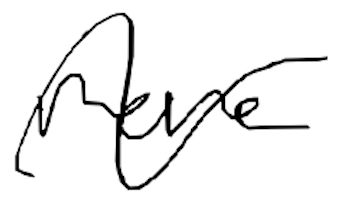
Text: more
Cross-out: wave
Writing tool: digital_black